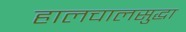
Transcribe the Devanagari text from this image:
हालचालसुद्धा